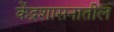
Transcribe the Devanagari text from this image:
केंद्रशासनातील